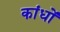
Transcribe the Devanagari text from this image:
कांधों